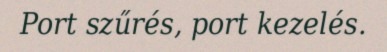
Port szűrés, port kezelés.